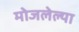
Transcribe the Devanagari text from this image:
मोजलेल्या